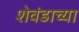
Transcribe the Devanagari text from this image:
शेवंडाच्या